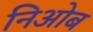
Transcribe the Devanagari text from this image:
निओब